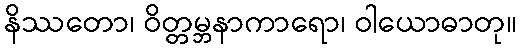
နိဿတော၊ ဝိတ္တမ္ဘနာကာရော၊ ဝါယောဓာတု။